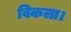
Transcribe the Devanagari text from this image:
विकला।